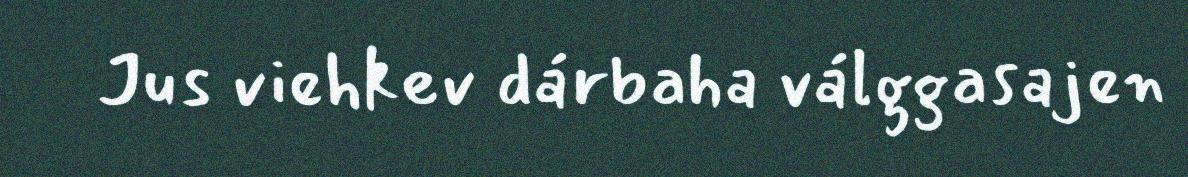
Jus viehkev dárbaha válggasajen